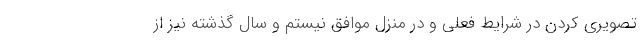
تصویری کردن در شرایط فعلی و در منزل موافق نیستم و سال گذشته نیز از